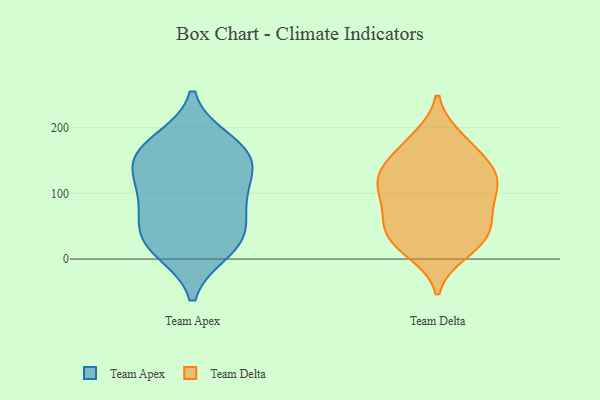
{"axis": {"x": "Population (Million)", "y": "Value"}, "legend": ["Team Apex", "Team Delta"], "data": [{"x": "", "y": 153, "type": "Team Apex"}, {"x": "", "y": 135, "type": "Team Apex"}, {"x": "", "y": 160, "type": "Team Apex"}, {"x": "", "y": 93, "type": "Team Apex"}, {"x": "", "y": 178, "type": "Team Apex"}, {"x": "", "y": 161, "type": "Team Apex"}, {"x": "", "y": 105, "type": "Team Apex"}, {"x": "", "y": 35, "type": "Team Apex"}, {"x": "", "y": 14, "type": "Team Apex"}, {"x": "", "y": 78, "type": "Team Apex"}, {"x": "", "y": 23, "type": "Team Apex"}, {"x": "", "y": 39, "type": "Team Apex"}, {"x": "", "y": 38, "type": "Team Delta"}, {"x": "", "y": 114, "type": "Team Delta"}, {"x": "", "y": 156, "type": "Team Delta"}, {"x": "", "y": 123, "type": "Team Delta"}, {"x": "", "y": 34, "type": "Team Delta"}, {"x": "", "y": 85, "type": "Team Delta"}, {"x": "", "y": 153, "type": "Team Delta"}, {"x": "", "y": 115, "type": "Team Delta"}, {"x": "", "y": 123, "type": "Team Delta"}, {"x": "", "y": 119, "type": "Team Delta"}, {"x": "", "y": 16, "type": "Team Delta"}, {"x": "", "y": 185, "type": "Team Delta"}, {"x": "", "y": 50, "type": "Team Delta"}, {"x": "", "y": 87, "type": "Team Delta"}, {"x": "", "y": 60, "type": "Team Delta"}, {"x": "", "y": 141, "type": "Team Delta"}, {"x": "", "y": 29, "type": "Team Delta"}, {"x": "", "y": 184, "type": "Team Delta"}, {"x": "", "y": 71, "type": "Team Delta"}, {"x": "", "y": 10, "type": "Team Delta"}]}